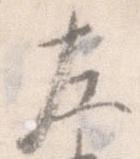
左